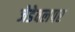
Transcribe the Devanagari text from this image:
जेडेवलपर